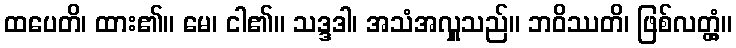
ထပေတိ၊ ထား၏။ မေ၊ ငါ၏။ သဒ္ဒဒါ၊ အသံအလှူသည်။ ဘဝိဿတိ၊ ဖြစ်လတ္တံ့။